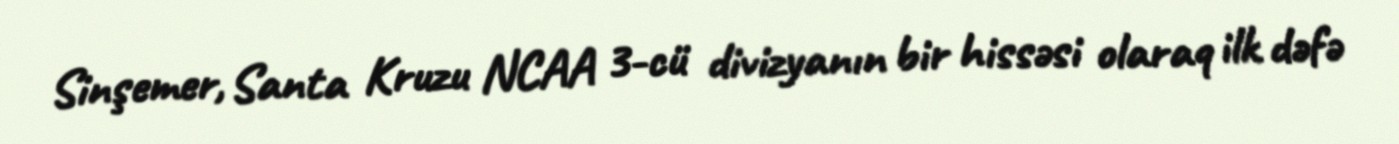
Sinşemer, Santa Kruzu NCAA 3-cü divizyanın bir hissəsi olaraq ilk dəfə